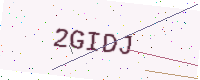
Text: 2GIDJ